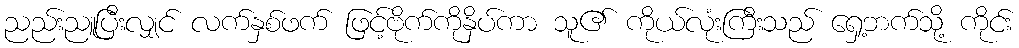
ညည်းညူပြီးလျှင် လက်နှစ်ဖက် ဖြင့်ဗိုက်ကိုနှိပ်ကာ သူ၏ ကိုယ်လုံးကြီးသည် ရှေ့ဘက်သို့ ကိုင်း